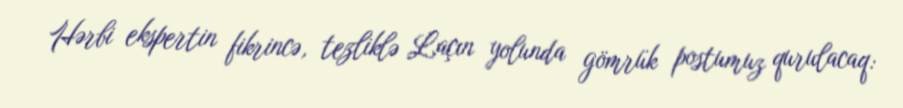
Hərbi ekspertin fikrincə, tezliklə Laçın yolunda gömrük postumuz qurulacaq: